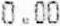
0.00